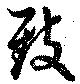
致